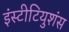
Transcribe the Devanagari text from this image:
इंस्टीटियुशंस